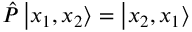
{ \hat { P } } \left| x _ { 1 } , x _ { 2 } \right\rangle = \left| x _ { 2 } , x _ { 1 } \right\rangle